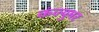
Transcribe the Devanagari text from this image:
कंज्युमर